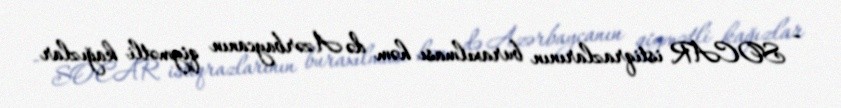
- SOCAR istiqrazlarının buraxılması həm də Azərbaycanın qiymətli kağızlar